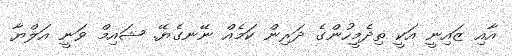
އާއި ޒައިނީ އަކީ ތިދެމީހުންގެ ދަރިން ކަމެއް ނޭނގެޔޭ. ޝައިމް ވަނީ އަލްޔާ